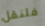
فلنقل